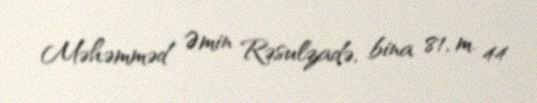
Məhəmməd Əmin Rəsulzadə, bina 81, m. 44